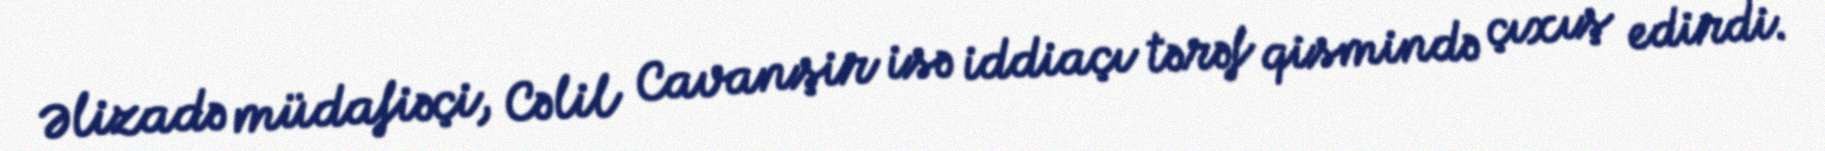
Əlizadə müdafiəçi, Cəlil Cavanşir isə iddiaçı tərəf qismində çıxış edirdi.